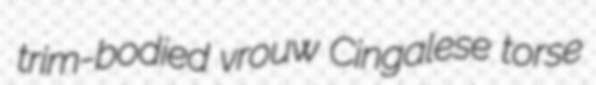
trim-bodied vrouw Cingalese torse